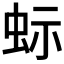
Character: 𮶼